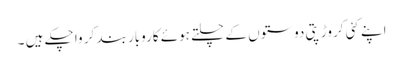
اپنے کئی کروڑپتی دوستوں کے چلتے ہوئے کاروبار بند کر وا چکے ہیں ۔